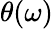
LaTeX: \theta(\omega)